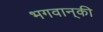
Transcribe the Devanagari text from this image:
भगवान्‌की